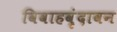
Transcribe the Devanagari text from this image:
विवाहवृंदावन